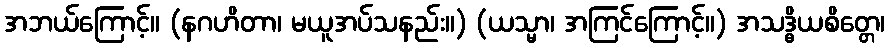
အဘယ်ကြောင့်။ (နဂဟိတာ၊ မယူအပ်သနည်း။) (ယသ္မာ၊ အကြင်ကြောင့်။) အသဒ္ဓိယစိတ္တေ၊